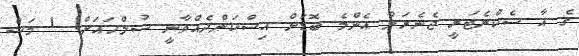
ގެ އާ ސެކްރެޓަރީ ޖެނެރަލް އެންމެ ބޮޑަށް އިސްކަންދެއްވާނީ ސުލްހައަށް! 1 މަސް